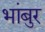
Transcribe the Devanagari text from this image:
भांबुर